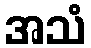
အသံ